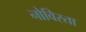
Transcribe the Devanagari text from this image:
नोविस्ता